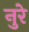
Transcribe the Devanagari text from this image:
नुरे